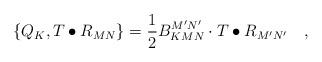
LaTeX: \begin{align*}\left\{ Q_K,T\bullet R_{MN}\right\} =\frac12B_{KMN}^{M^{\prime }N^{\prime }}\cdot T\bullet R_{M^{\prime }N^{\prime}}\quad ,\end{align*}